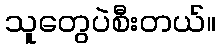
သူတွေပဲစီးတယ်။